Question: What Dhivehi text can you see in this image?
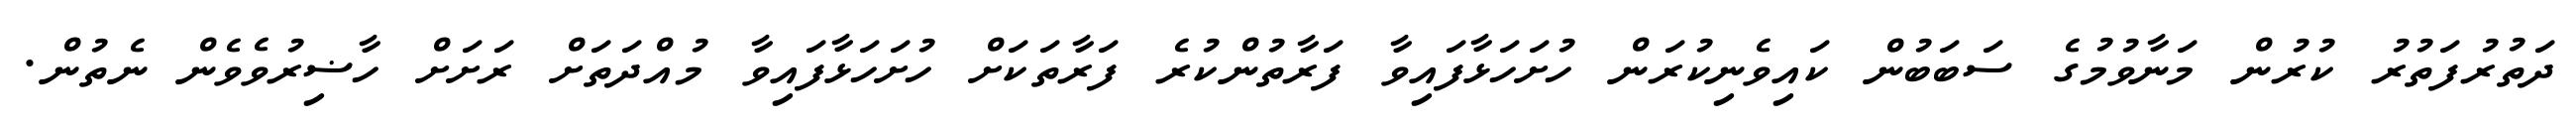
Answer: ދަތުރުފަތުރު ކުރުން މަނާވުމުގެ ސަބަބުން ކައިވެނިކުރަން ހުށަހަޅާފައިވާ ފަރާތުންކުރެ ފަރާތަކަށް ހުށަހަޅާފައިވާ މުއްދަތަށް ރަށަށް ހާޟިރުވެވެން ނެތުން.